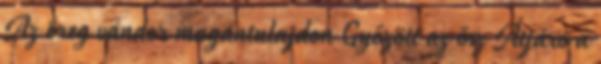
Az öreg vándor magántulajdon Győzött az ősz Átjáró a